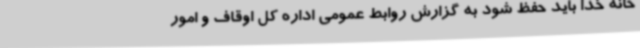
خانه خدا باید حفظ شود به گزارش روابط‌ عمومی اداره کل اوقاف و امور